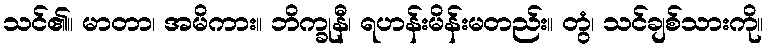
သင်၏။ မာတာ၊ အမိကား။ ဘိက္ခုနီ၊ ရဟန်းမိန်းမတည်း။ တွံ၊ သင်ချစ်သားကို။